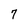
Character: 7